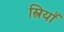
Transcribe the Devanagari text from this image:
स्त्रियॉँ